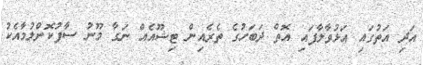
އަދި އަތުގައި އަޅުވާލާފައި އޮތް ދަބަހުގެ ތެރެއިން ޓިޝޫއެއް ނަގާ މޫނު ސާފުކޮށްލުމާއެކު